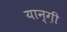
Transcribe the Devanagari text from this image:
यान्ग़ी